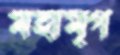
মহামৃগ